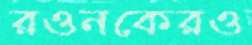
রওনকেরও